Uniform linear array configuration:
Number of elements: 8
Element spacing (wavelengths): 0.25
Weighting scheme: kaiser
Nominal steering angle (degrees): -15
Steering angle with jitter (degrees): -16.017
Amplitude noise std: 0.05
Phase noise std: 0.05

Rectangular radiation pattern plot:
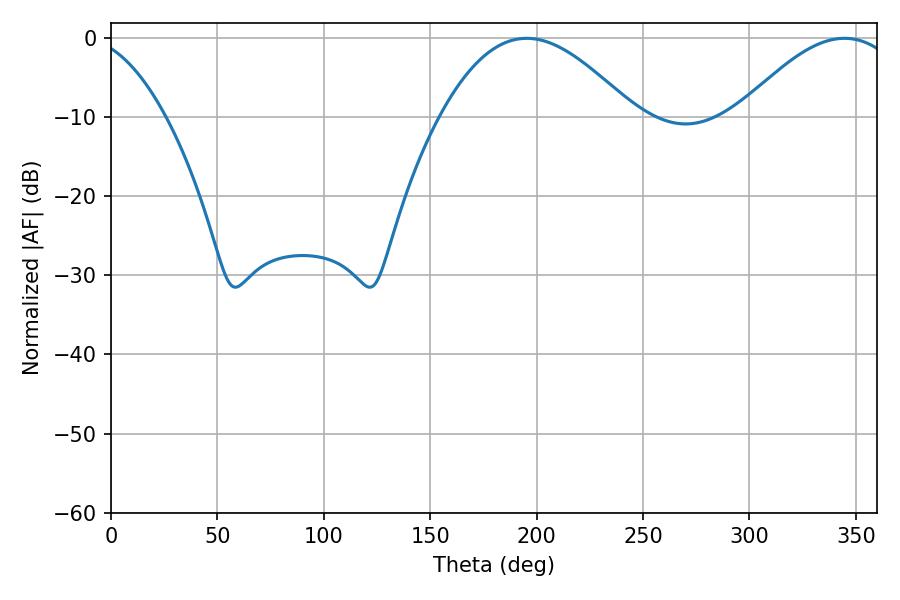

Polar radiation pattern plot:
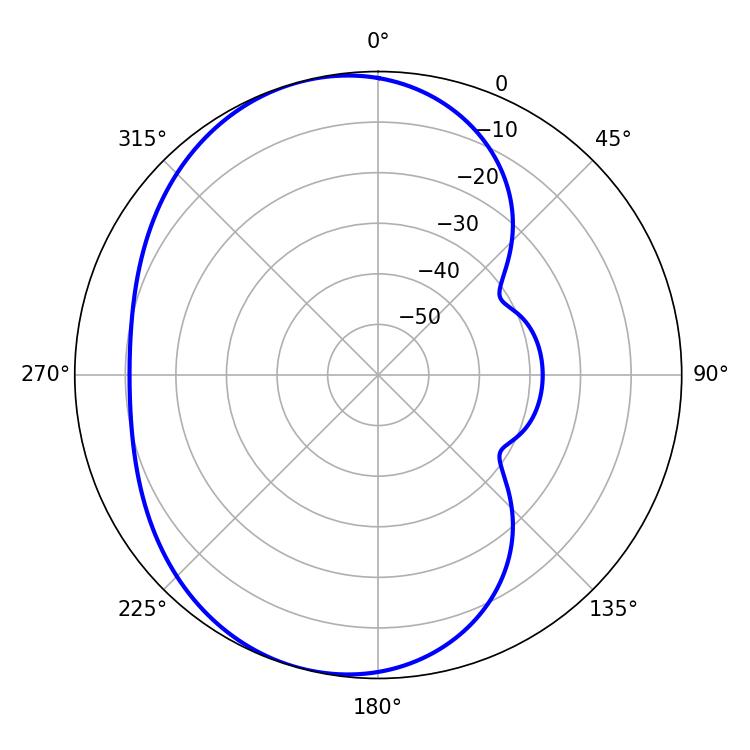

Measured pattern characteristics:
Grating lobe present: FALSE
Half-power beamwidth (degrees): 41.58
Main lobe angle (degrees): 344.7